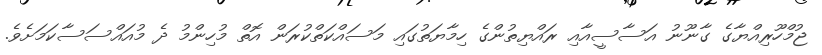
ޖުމްހޫރިއްޔާގެ ގާނޫނު އަސާސީއާއި ރައްޔިތުންގެ ހިމާޔަތުގައި މަސައްކަތްކުރަން އޮތް މުހިންމު ދެ މުއައްސަސާކަމަށެވެ.